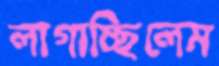
লাগাচ্ছিলেম